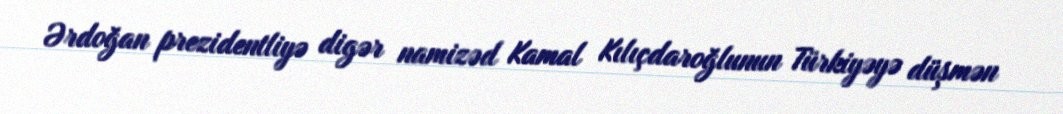
Ərdoğan prezidentliyə digər namizəd Kamal Kılıçdaroğlunun Türkiyəyə düşmən